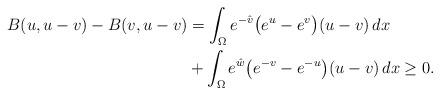
LaTeX: \begin{align*}B(u,u-v) - B(v,u-v)& =\int_\Omega e^{-\hat{v}} \big( e^u - e^v \big) (u-v)\, dx\\ & +\int_\Omega e^{\hat{w}} \big( e^{-v} - e^{-u} \big) (u-v)\, dx\geq0.\end{align*}